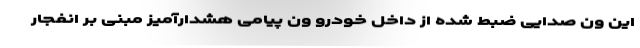
این ون صدایی ضبط شده از داخل خودرو ون پیامی هشدارآمیز مبنی بر انفجار